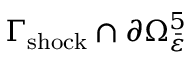
\Gamma _ { \mathrm { s h o c k } } \cap \partial \Omega _ { \bar { \varepsilon } } ^ { 5 }